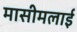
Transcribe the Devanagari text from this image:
मासीमलाई